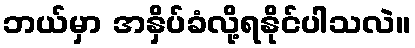
ဘယ်မှာ အနှိပ်ခံလို့ရနိုင်ပါသလဲ။